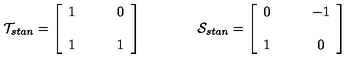
{ \cal T } _ { s t a n } = \left[ \begin{array} { c c } { 1 } & { \qquad 0 } \\ { } & { } \\ { 1 } & { \qquad 1 } \\ \end{array} \right] \qquad \qquad { \cal S } _ { s t a n } = \left[ \begin{array} { c c } { 0 } & { \qquad - 1 } \\ { } & { } \\ { 1 } & { \qquad 0 } \\ \end{array} \right]